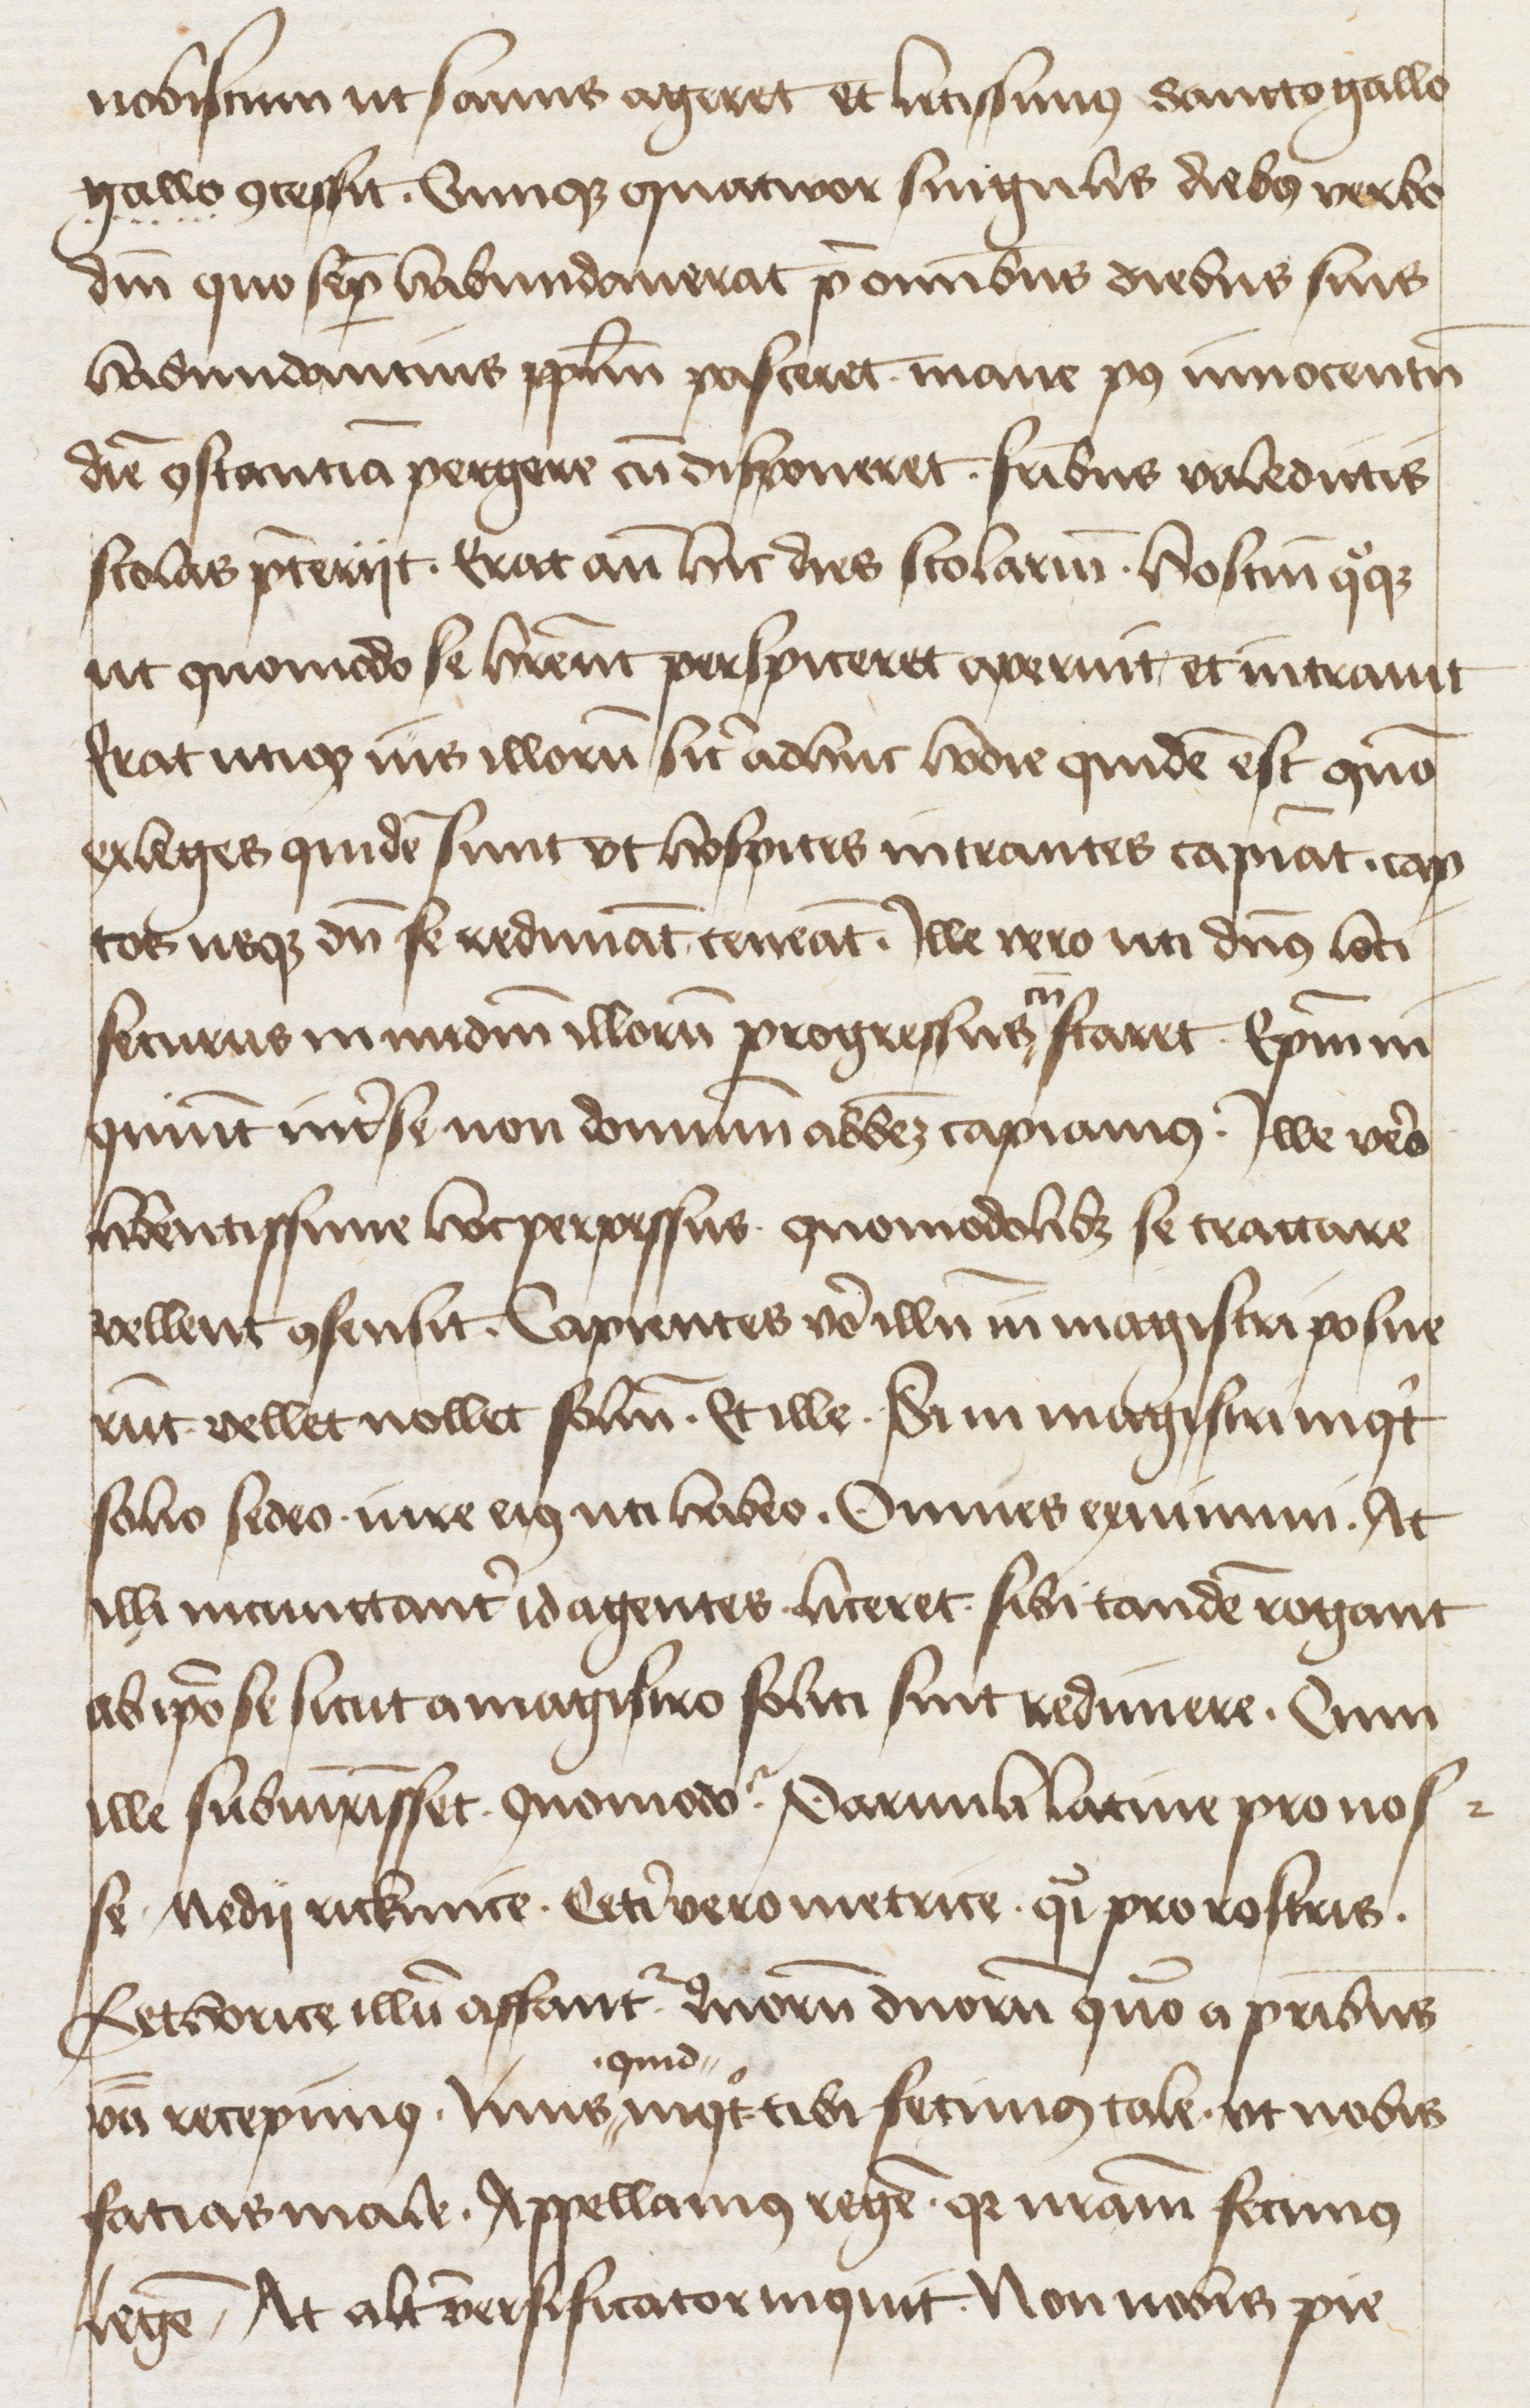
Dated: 1400–1499